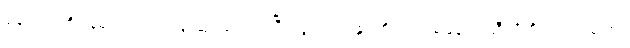
နောက်တစ်နေ့မှ ထုတ်ယူရန် ဆုံးဖြတ်ကြပြီးလျှင်၊ ကျွန်ုပ်တို့သည် စခန်းတဲဆီသို့ စိတ်ကျေနပ်စွာ